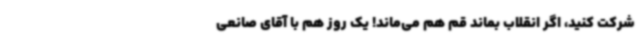
شرکت کنید، اگر انقلاب بماند قم هم می‌ماند! یک روز هم با آقای صانعی